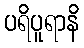
ပရိပူရာနိ